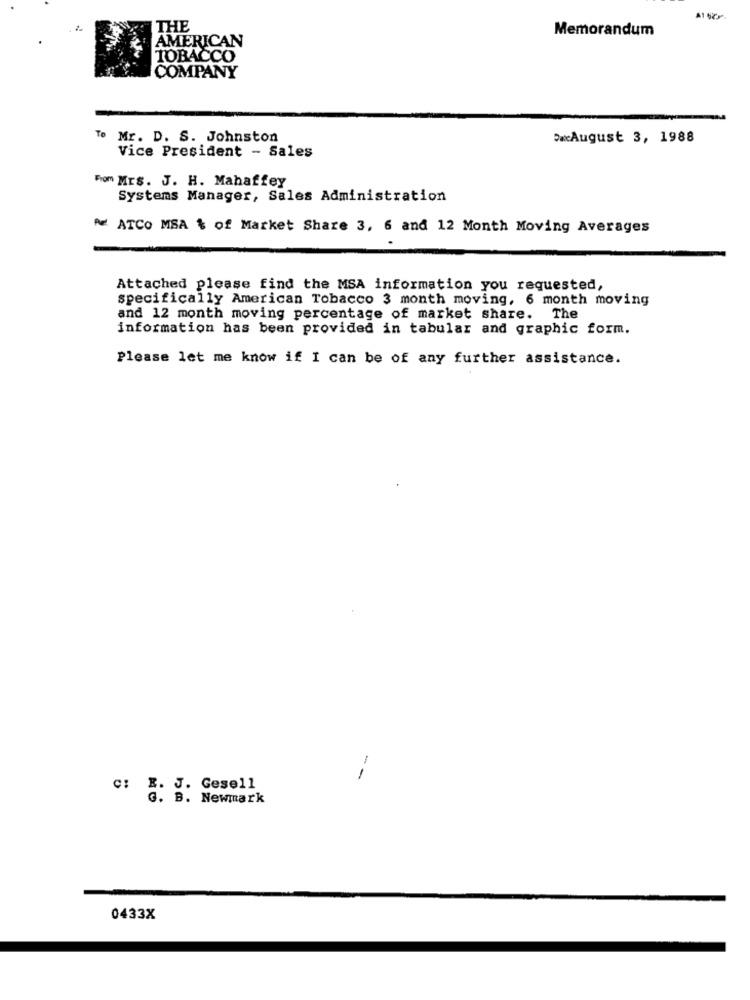
THE
Memorandum
AMERICAN
TOBACCO
COMPANY
To Mr. D. S. Johnston
wxAugust 3, 1988
Vice President - Sales
From Mrs. J. H. Mahaffey
Systems Manager, Sales Administration
Per ATCO MSA % of Market Share 3, 6 and 12 Month Moving Averages
Attached please find the MSA information you requested,
specifically American Tobacco 3 month moving, 6 month moving
and 12 month moving percentage of market share. The
information has been provided in tabular and graphic form.
Please let me know if I can be of any further assistance.
-
C: R. J. Gesell
G. B. Newmark
0433X